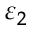
\varepsilon _ { 2 }